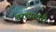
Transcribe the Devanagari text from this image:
वरच्यावरी